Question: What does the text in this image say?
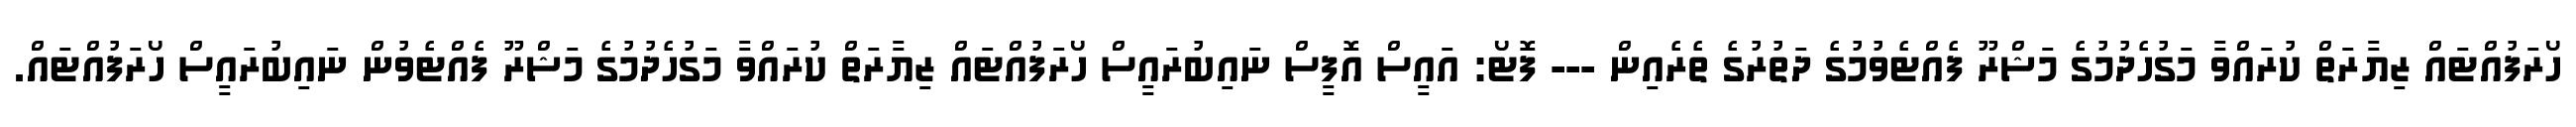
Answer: ހޯރަފުއްޓައް ޒިޔާރަތް ކުރައްވާ މަގުހެދުމުގެ މަޝްރޫ ފެއްޓެވުމުގެ ދަތުރުގެ ތެރެއިން --- ފޮޓޯ: އައީސް އޮފީސް ނައިބުރައީސް ހޯރަފުއްޓައް ޒިޔާރަތް ކުރައްވާ މަގުހެދުމުގެ މަޝްރޫ ފެއްޓެވުން ނައިބުރައީސް ހޯރަފުއްޓައް.